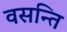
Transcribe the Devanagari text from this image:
वसन्ति